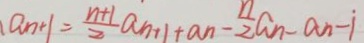
a _ { n + 1 } = \frac { n + 1 } { 2 } a _ { n + 1 } + a _ { n } - \frac { n } { 2 } a _ { n } - a _ { n } - \dot { 1 }